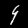
Digit: 9